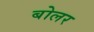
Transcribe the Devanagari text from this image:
बोलर